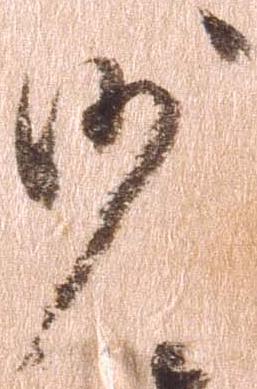
沙